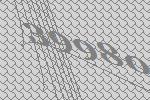
39980